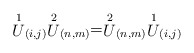
\begin{align*}\stackrel{1}{U}_{(i,j)}\stackrel{2}{U}_{(n,m)}=\stackrel{2}{U}_{(n,m)}\stackrel{1}{U}_{(i,j)}\end{align*}